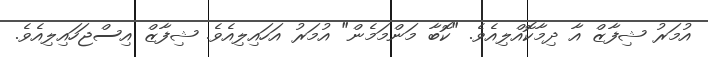
އުމަރު ޝިފާޒް އާ ދިމާކޮއްލިއެވެ. "ކޮބާ މަންމަމެން" އުމަރު އަހައިލިއެވެ. ޝިފާޒް އިސްޖަހައިލިއެވެ.